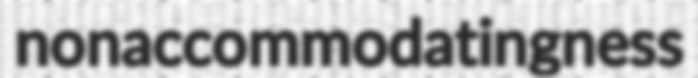
nonaccommodatingness